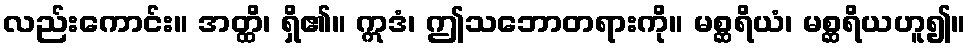
လည်းကောင်း။ အတ္ထိ၊ ရှိ၏။ ဣဒံ၊ ဤသဘောတရားကို။ မစ္ဆရိယံ၊ မစ္ဆရိယဟူ၍။